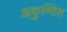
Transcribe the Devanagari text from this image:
अकुण्ठित